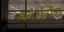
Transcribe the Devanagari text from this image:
नर्बरर्ग्रिंग